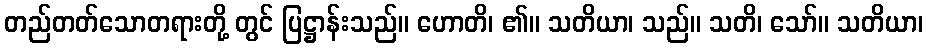
တည်တတ်သောတရားတို့ တွင် ပြဋ္ဌာန်းသည်။ ဟောတိ၊ ၏။ သတိယာ၊ သည်။ သတိ၊ သော်။ သတိယာ၊